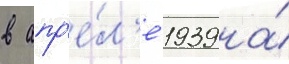
в апр'е́л'е 1939 на́